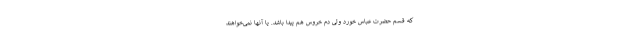
که قسم حضرت عباس خورد ولی دم خروس هم پیدا باشد. یا آنها نمی‌خواهند